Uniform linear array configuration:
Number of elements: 64
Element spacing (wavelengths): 0.75
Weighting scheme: binomial
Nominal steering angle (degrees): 30
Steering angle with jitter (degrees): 31.357
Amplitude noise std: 0.05
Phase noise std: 0.05

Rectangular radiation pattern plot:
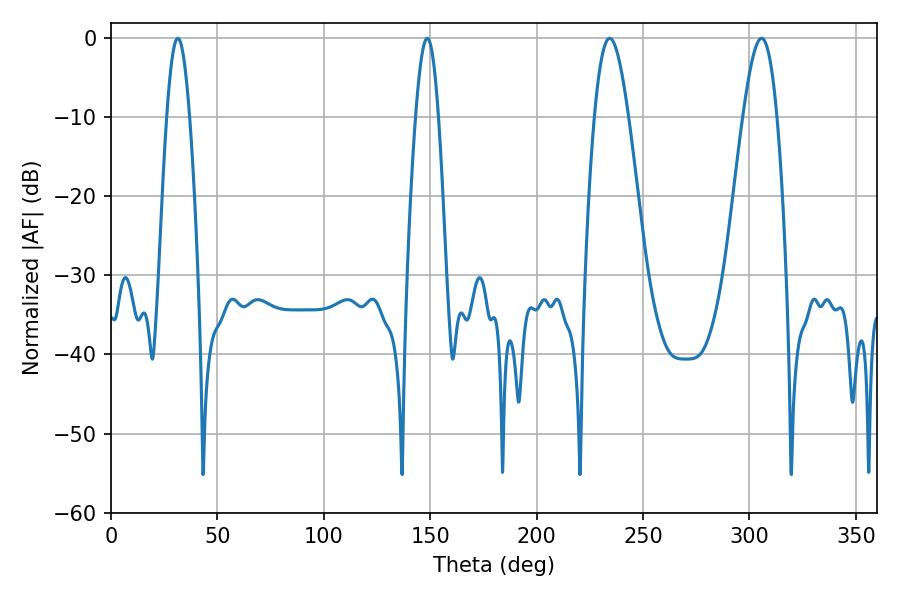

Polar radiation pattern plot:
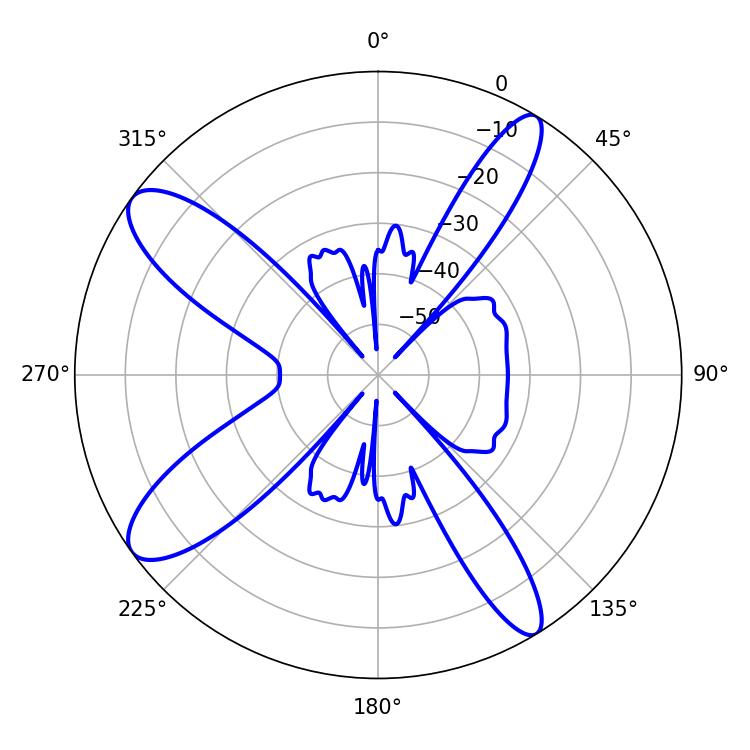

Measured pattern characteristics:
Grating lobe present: TRUE
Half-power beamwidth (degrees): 8.64
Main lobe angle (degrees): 234.36